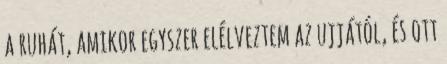
a ruhát, amikor egyszer elélveztem az ujjától, és ott